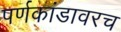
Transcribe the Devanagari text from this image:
पर्णकांडावरच